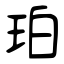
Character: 珀